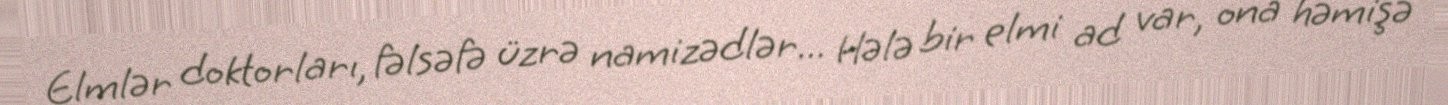
Elmlər doktorları, fəlsəfə üzrə namizədlər... Hələ bir elmi ad var, ona həmişə